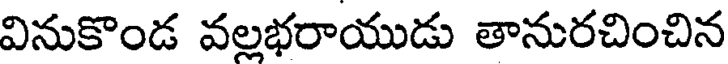
వినుకొండ వల్లభరాయుడు తానురచించిన